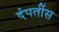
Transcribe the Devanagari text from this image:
दंपतींस